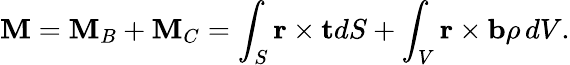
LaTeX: \mathbf{M}=\mathbf{M}_{B}+\mathbf{M}_{C}=\int_{S}\mathbf{r}\times\mathbf{t}dS+\int_{V}\mathbf{r}\times\mathbf{b}\rho\, dV.